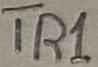
Text: TR1